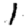
Digit: 1